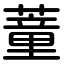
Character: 蕫